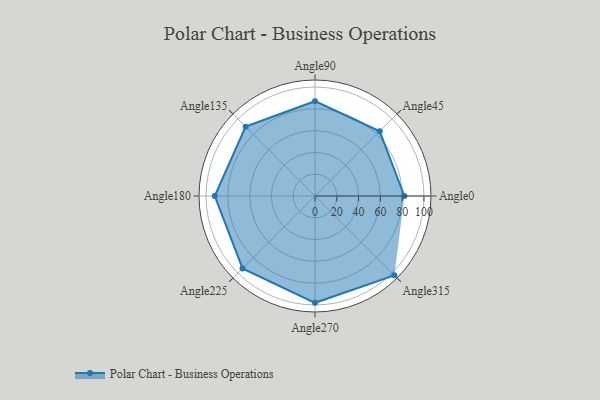
{"axis": {"x": "Angle", "y": "Radius"}, "legend": [""], "data": [{"x": "Angle0", "y": 82.0, "type": ""}, {"x": "Angle45", "y": 84.0, "type": ""}, {"x": "Angle90", "y": 87.0, "type": ""}, {"x": "Angle135", "y": 90.0, "type": ""}, {"x": "Angle180", "y": 92.0, "type": ""}, {"x": "Angle225", "y": 94.0, "type": ""}, {"x": "Angle270", "y": 98.0, "type": ""}, {"x": "Angle315", "y": 103.0, "type": ""}]}